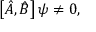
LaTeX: \left[ { \hat { A } } , { \hat { B } } \right] \psi \neq 0 ,